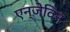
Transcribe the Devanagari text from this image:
एन्जेविन